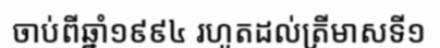
ចាប់ពីឆ្នាំ១៩៩៤ រហូតដល់ត្រីមាសទី១